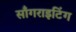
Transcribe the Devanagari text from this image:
साँगराइटिंग